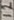
Text: 12